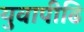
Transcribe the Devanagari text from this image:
युवापीढि